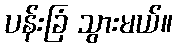
ပန်းခြံ သွားမယ်။